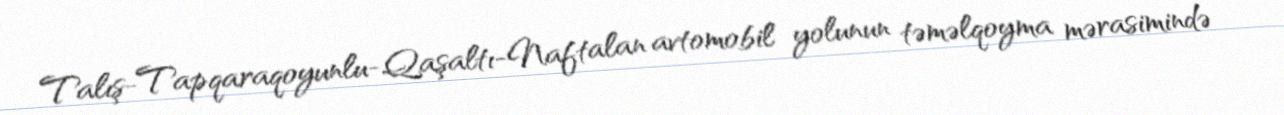
Talış-Tapqaraqoyunlu-Qaşaltı-Naftalan avtomobil yolunun təməlqoyma mərasimində